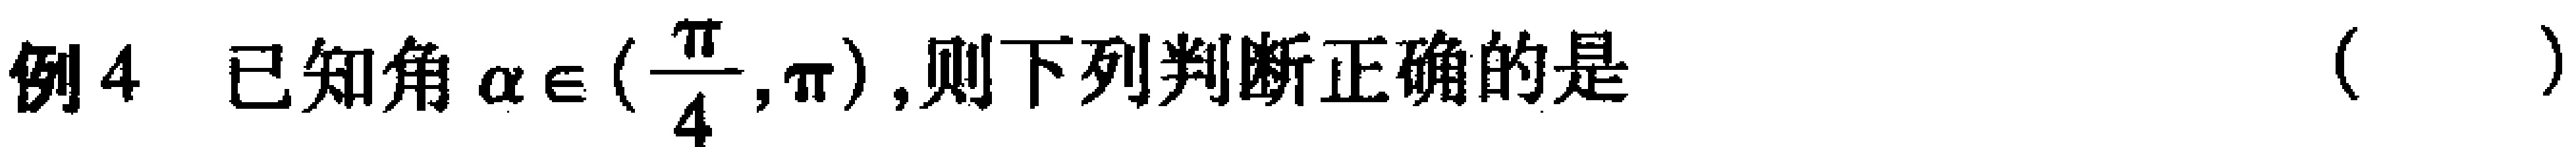
例4 已知角$\alpha \in(\frac{\pi}{4},\pi)$,则下列判断正确的是（  ）